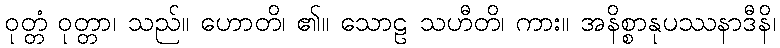
ဝုတ္တံ ဝုတ္တာ၊ သည်။ ဟောတိ၊ ၏။ သောဠ သဟီတိ၊ ကား။ အနိစ္စာနုပဿနာဒီနိ၊